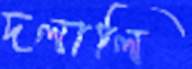
দলালি